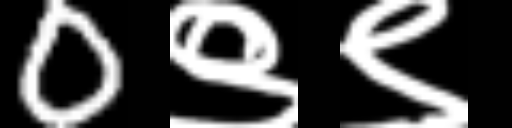
Text: 0९९